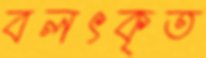
বলৎকৃত